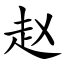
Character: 赵